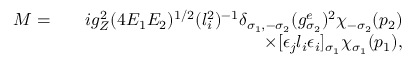
\begin{array} { r l r } { { \cal M } = } & { } & { i g _ { Z } ^ { 2 } ( 4 E _ { 1 } E _ { 2 } ) ^ { 1 / 2 } ( l _ { i } ^ { 2 } ) ^ { - 1 } \delta _ { \sigma _ { 1 } , - \sigma _ { 2 } } ( g _ { \sigma _ { 2 } } ^ { e } ) ^ { 2 } \chi _ { - \sigma _ { 2 } } ( p _ { 2 } ) } \\ & { } & { \times [ \epsilon _ { j } l _ { i } \epsilon _ { i } ] _ { \sigma _ { 1 } } \chi _ { \sigma _ { 1 } } ( p _ { 1 } ) , } \end{array}